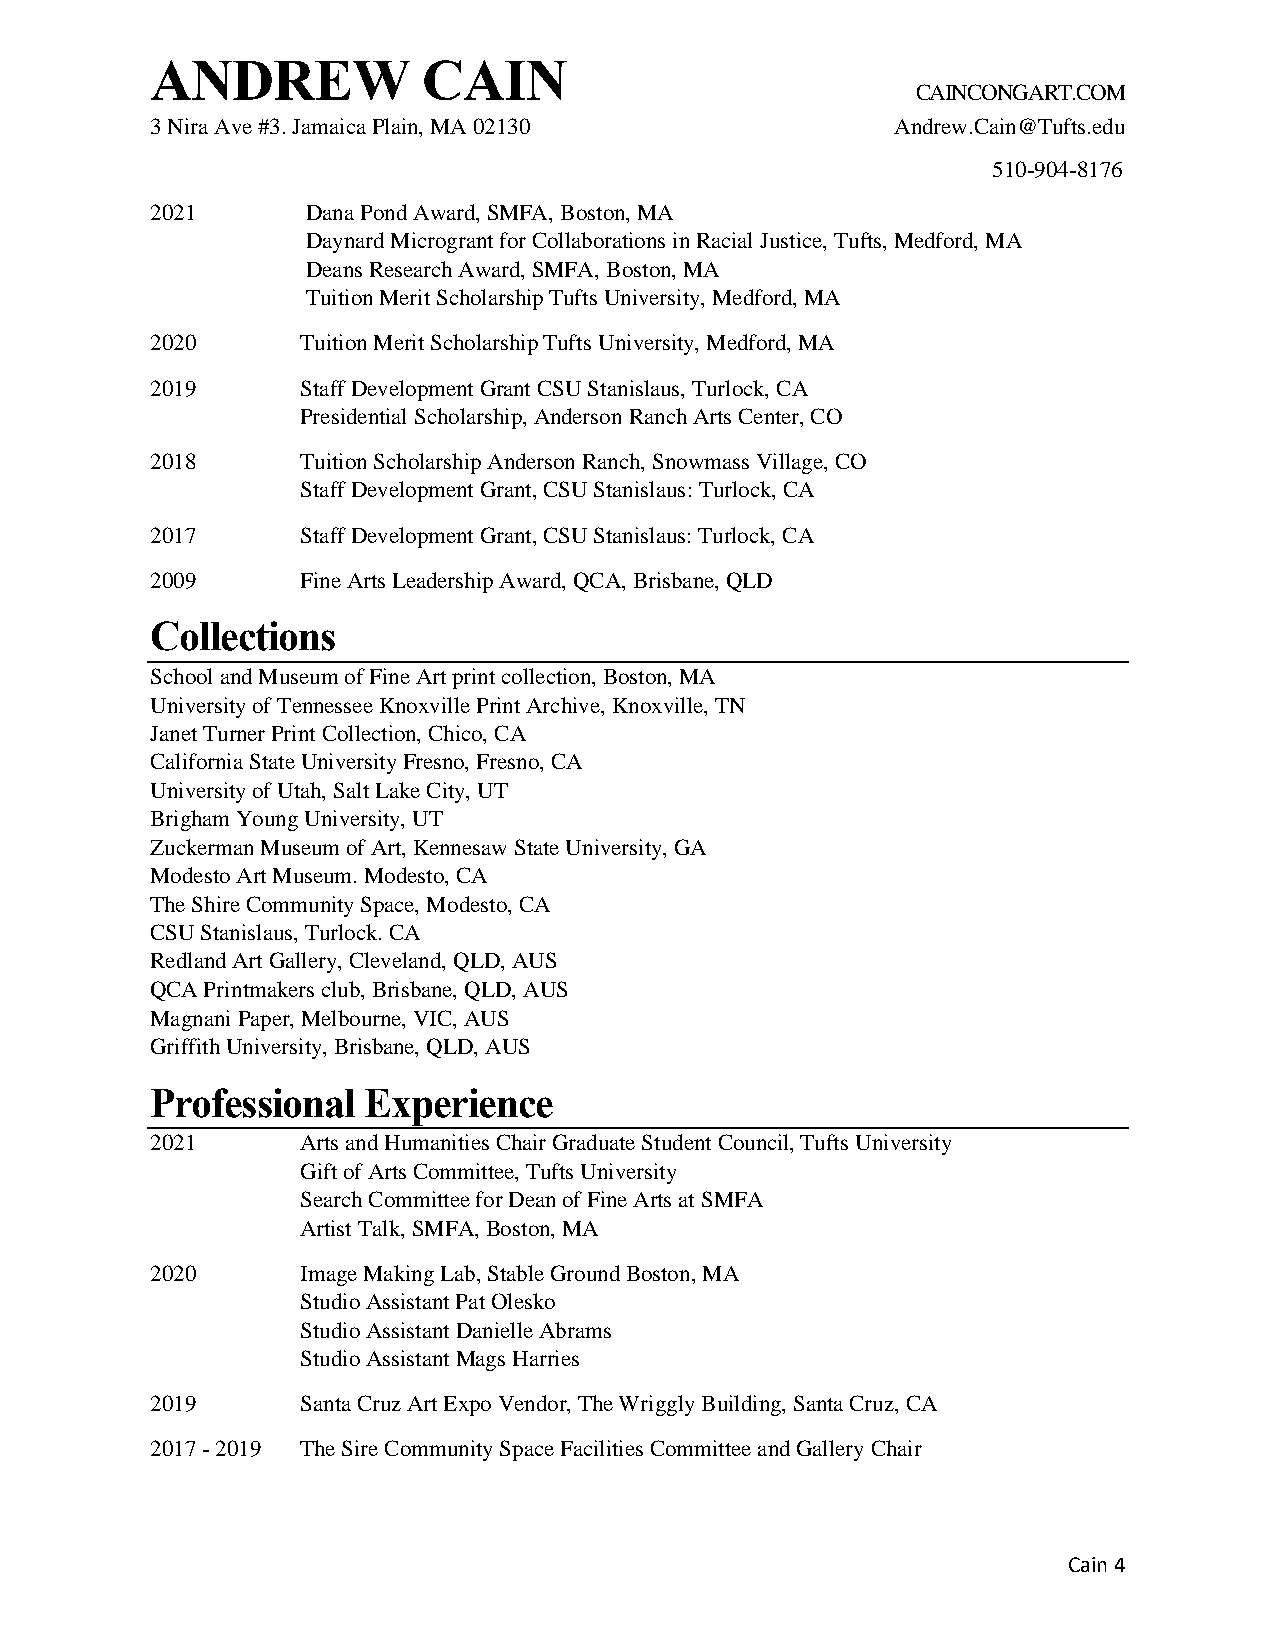
ANDREW            CAIN
 CAINCONGART.COM
 3 Nira Ave #3. Jamaica Plain, MA 02130           Andrew.Cain@Tufts.edu
 510-904-8176
 2021      Dana Pond Award, SMFA, Boston, MA
 Daynard Microgrant for Collaborations in Racial Justice, Tufts, Medford, MA
 Deans Research Award, SMFA, Boston, MA
 Tuition Merit Scholarship Tufts University, Medford, MA
 2020      Tuition Merit Scholarship Tufts University, Medford, MA
 2019      Staff Development Grant CSU Stanislaus, Turlock, CA
 Presidential Scholarship, Anderson Ranch Arts Center, CO
 2018      Tuition Scholarship Anderson Ranch, Snowmass Village, CO
 Staff Development Grant, CSU Stanislaus: Turlock, CA
 2017      Staff Development Grant, CSU Stanislaus: Turlock, CA
 2009      Fine Arts Leadership Award, QCA, Brisbane, QLD
 Collections
 School and Museum of Fine Art print collection, Boston, MA
 University of Tennessee Knoxville Print Archive, Knoxville, TN
 Janet Turner Print Collection, Chico, CA
 California State University Fresno, Fresno, CA
 University of Utah, Salt Lake City, UT
 Brigham Young University, UT
 Zuckerman Museum of Art, Kennesaw State University, GA
 Modesto Art Museum. Modesto, CA
 The Shire Community Space, Modesto, CA
 CSU Stanislaus, Turlock. CA
 Redland Art Gallery, Cleveland, QLD, AUS
 QCA Printmakers club, Brisbane, QLD, AUS
 Magnani Paper, Melbourne, VIC, AUS
 Griffith University, Brisbane, QLD, AUS
 Professional  Experience
 2021      Arts and Humanities Chair Graduate Student Council, Tufts University
 Gift of Arts Committee, Tufts University
 Search Committee for Dean of Fine Arts at SMFA
 Artist Talk, SMFA, Boston, MA
 2020      Image Making Lab, Stable Ground Boston, MA
 Studio Assistant Pat Olesko
 Studio Assistant Danielle Abrams
 Studio Assistant Mags Harries
 2019      Santa Cruz Art Expo Vendor, The Wriggly Building, Santa Cruz, CA
 2017 - 2019 The Sire Community Space Facilities Committee and Gallery Chair
 Cain 4